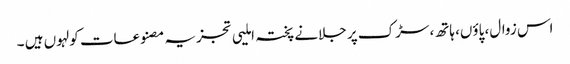
اس زوال، پاؤں، ہاتھ، سڑک پر جلانے پختہ املیی تجزیہ مصنوعات کولہوں ہیں ۔